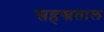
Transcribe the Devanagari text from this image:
सहस्रताल